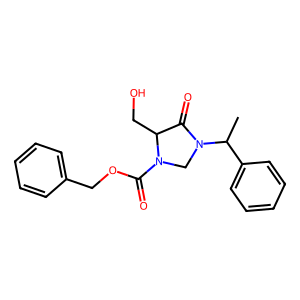
SMILES: CC(c1ccccc1)N1CN(C(=O)OCc2ccccc2)C(CO)C1=O
Inhibits HIV replication: No